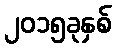
၂၀၁၅ခုနှစ်